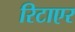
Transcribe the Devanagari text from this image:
रिटाएर